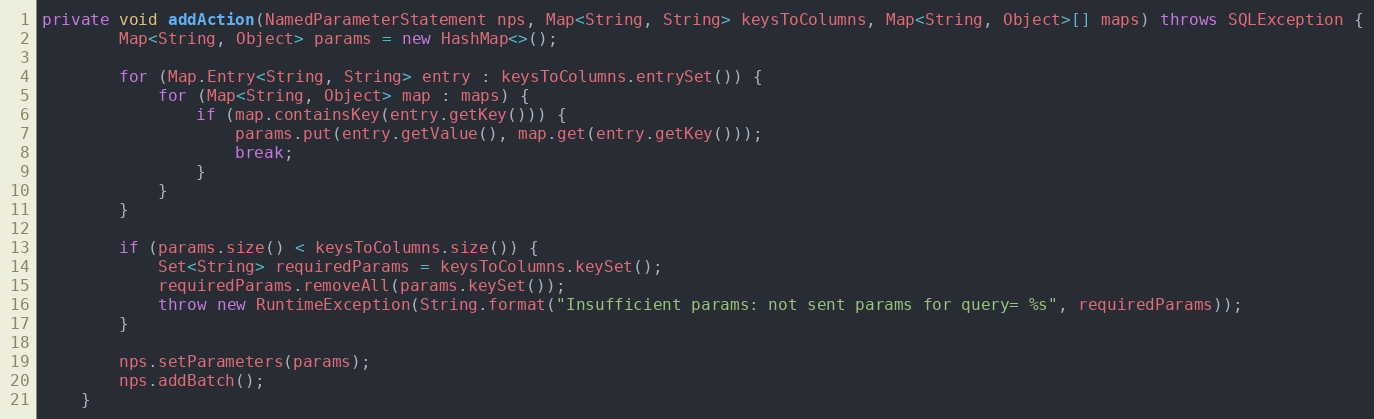
Language: Java
private void addAction(NamedParameterStatement nps, Map<String, String> keysToColumns, Map<String, Object>[] maps) throws SQLException {
		Map<String, Object> params = new HashMap<>();

		for (Map.Entry<String, String> entry : keysToColumns.entrySet()) {
			for (Map<String, Object> map : maps) {
				if (map.containsKey(entry.getKey())) {
					params.put(entry.getValue(), map.get(entry.getKey()));
					break;
				}
			}
		}

		if (params.size() < keysToColumns.size()) {
			Set<String> requiredParams = keysToColumns.keySet();
			requiredParams.removeAll(params.keySet());
			throw new RuntimeException(String.format("Insufficient params: not sent params for query= %s", requiredParams));
		}

		nps.setParameters(params);
		nps.addBatch();
	}